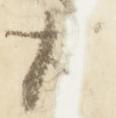
右